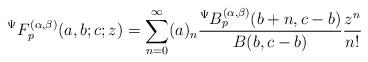
LaTeX: \begin{align*}{}^{\Psi}F_{p}^{(\alpha,\beta)}(a,b;c;z)=\sum_{n=0}^{\infty}(a)_{n}\frac{{}^{\Psi}B_{p}^{(\alpha,\beta)}(b+n,c-b)}{B(b,c-b)}\frac{z^{n}}{n!}\end{align*}